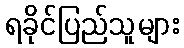
ရခိုင်ပြည်သူများ